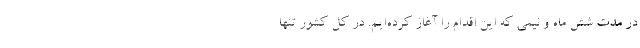
در مدت شش ماه و نیمی که این اقدام را آغاز کرده‌ایم. در کل کشور تنها